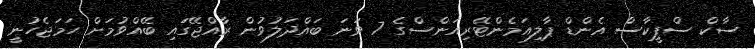
ސާކް ސްޕީކާސް އެންޑް ޕާލިއަމެންޓޭރިއަންސްގެ 7 ވަނަ ބައްދަލުވުން ރާއްޖޭގައި ބޭއްވުމަށް ހަމަޖެހުނީ